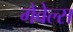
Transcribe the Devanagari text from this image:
गेवेल्स